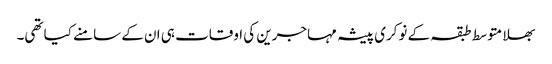
بھلا متوسط طبقہ کے نوکری پیشہ مہاجرین کی اوقات ہی ان کے سامنے کیا تھی۔